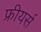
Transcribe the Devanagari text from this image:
फ्रीयर्स